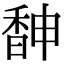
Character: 𩡃